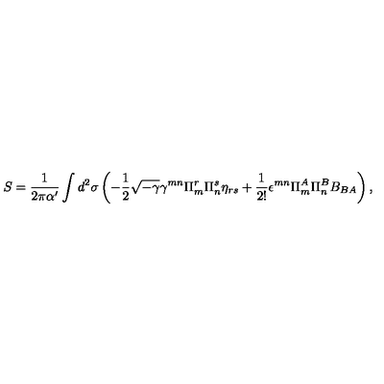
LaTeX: S = \frac { 1 } { 2 \pi \alpha ^ { \prime } } \int d ^ { 2 } \sigma \left( - \frac { 1 } { 2 } \sqrt { - \gamma } \gamma ^ { m n } \Pi _ { m } ^ { r } \Pi _ { n } ^ { s } \eta _ { r s } + \frac { 1 } { 2 ! } \epsilon ^ { m n } \Pi _ { m } ^ { A } \Pi _ { n } ^ { B } B _ { B A } \right) ,